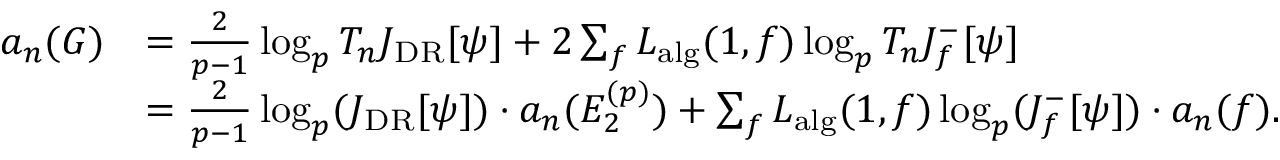
\begin{array} { r l } { a _ { n } ( G ) } & { = \frac { 2 } { p - 1 } \log _ { p } T _ { n } J _ { \mathrm { D R } } [ \psi ] + 2 \sum _ { f } L _ { \mathrm { a l g } } ( 1 , f ) \log _ { p } T _ { n } J _ { f } ^ { - } [ \psi ] } \\ & { = \frac { 2 } { p - 1 } \log _ { p } ( J _ { \mathrm { D R } } [ \psi ] ) \cdot a _ { n } ( E _ { 2 } ^ { ( p ) } ) + \sum _ { f } L _ { \mathrm { a l g } } ( 1 , f ) \log _ { p } ( J _ { f } ^ { - } [ \psi ] ) \cdot a _ { n } ( f ) . } \end{array}